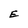
Character: E